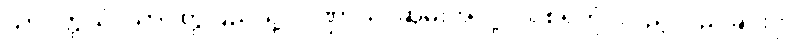
သာဝတ္ထိယံ၊ သာဝတ္ထိပြည်သို့။ ပိဏ္ဍာယ၊ ဆွမ်းအလို့ငှာ။ စရိတုံ၊ လှည့်လည်ခြင်းငှာ။